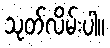
သုတ်လိမ်းပါ။